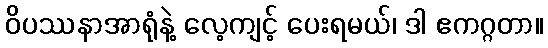
ဝိပဿနာအာရုံနဲ့ လေ့ကျင့် ပေးရမယ်၊ ဒါ ဧကဂ္ဂတာ။